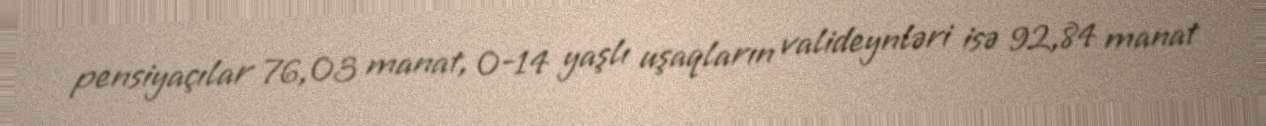
pensiyaçılar 76,03 manat, 0-14 yaşlı uşaqların valideynləri isə 92,84 manat